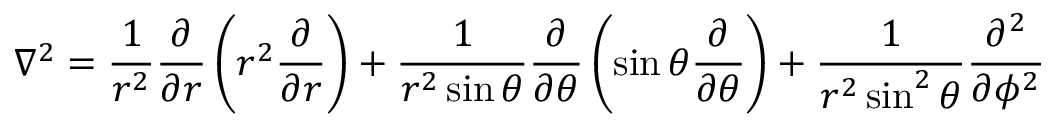
\nabla ^ { 2 } = \frac { 1 } { r ^ { 2 } } \frac { \partial } { \partial r } \left( r ^ { 2 } \frac { \partial } { \partial r } \right) + \frac { 1 } { r ^ { 2 } \sin { \theta } } \frac { \partial } { \partial \theta } \left( \sin { \theta } \frac { \partial } { \partial \theta } \right) + \frac { 1 } { r ^ { 2 } \sin ^ { 2 } { \theta } } \frac { \partial ^ { 2 } } { \partial \phi ^ { 2 } }